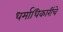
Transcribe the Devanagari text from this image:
धर्माधिकारींचे